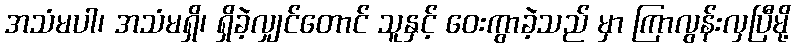
အသံမပါ၊ အသံမရှိ၊ ရှိခဲ့လျှင်တောင် သူနှင့် ဝေးကွာခဲ့သည် မှာ ကြာလွန်းလှပြီမို့